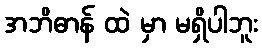
အဘိဓာန် ထဲ မှာ မရှိပါဘူး